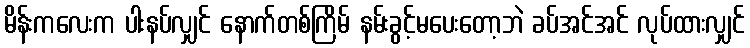
မိန်းကလေးက ပါးနပ်လျှင် နောက်တစ်ကြိမ် နမ်းခွင့်မပေးတော့ဘဲ ခပ်အင်အင် လုပ်ထားလျှင်